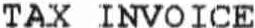
TAX INVOICE